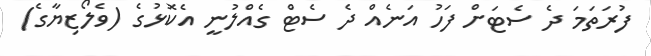
ފުރަތަމަ ދެ ސެޓަށް ފަހު އަނެއް ދެ ސެޓް ގެއްލުނީ އެކޮޅުގެ (ވެލޯޒިޔާގެ)